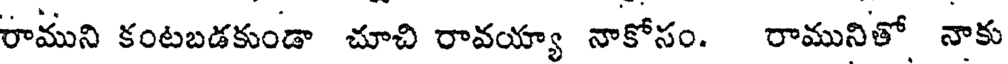
రాముని కంటబడకుండా చూచి రావయ్యా నాకోసం. రామునితో నాకు